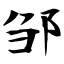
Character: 邹